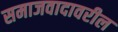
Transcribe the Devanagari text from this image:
समाजवादावरील